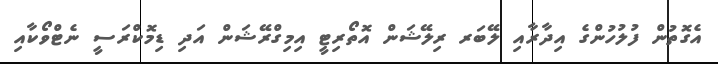
އެގޮތުން ފުލުހުންގެ އިދާރާއި ލޭބަރ ރިލޭޝަން އޮތޯރިޓީ އިމިގްރޭޝަން އަދި ޑިމޮކްރަސީ ނެޓްވޯކާއި